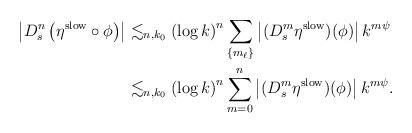
LaTeX: \begin{align*}\left| D^n_s \left( \eta^{\rm slow} \circ \phi \right) \right|& \lesssim_{n,k_{0}} \left( \log k \right)^n\sum_{\left\{ m_{\ell} \right\}} \left| (D^{m}_s \eta^{\rm slow}) (\phi) \right|k^{m\psi}\\& \lesssim_{n,k_{0}} \left( \log k \right)^n\sum_{m=0}^{n} \left| (D^{m}_s \eta^{\rm slow}) (\phi) \right|k^{m\psi}.\end{align*}